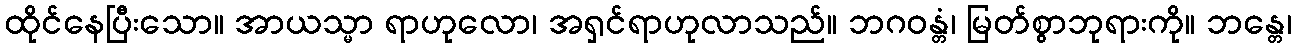
ထိုင်နေပြီးသော။ အာယသ္မာ ရာဟုလော၊ အရှင်ရာဟုလာသည်။ ဘဂဝန္တံ၊ မြတ်စွာဘုရားကို။ ဘန္တေ၊